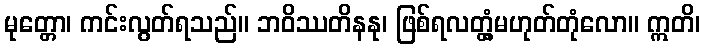
မုတ္တော၊ ကင်းလွတ်ရသည်။ ဘဝိဿတိနနု၊ ဖြစ်ရလတ္တံ့မဟုတ်တုံလော။ ဣတိ၊